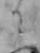
ニ